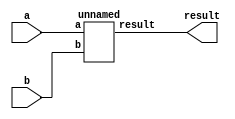
// Generator : SpinalHDL v1.4.3    git head : adf552d8f500e7419fff395b7049228e4bc5de26
// Component : unnamed_1
// Git hash  : adf552d8f500e7419fff395b7049228e4bc5de26



module unnamed_1 (
  input      [7:0]    a,
  input      [7:0]    b,
  output     [7:0]    result
);
  wire       [7:0]    bb_result;

  unnamed bb (
    .a         (a[7:0]          ), //i
    .b         (b[7:0]          ), //i
    .result    (bb_result[7:0]  )  //o
  );
  assign result = bb_result;

endmodule

module unnamed (
  input      [7:0]    a,
  input      [7:0]    b,
  output     [7:0]    result
);

  assign result = (a ^ b);

endmodule